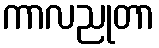
ကာလညုတာ